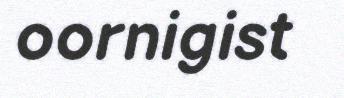
oornigist